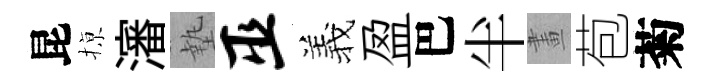
昆𢱊瀋墊巫羲盈巴半畫苞菊